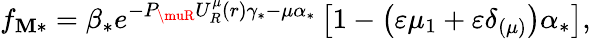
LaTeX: f_{\mathbf{M}\ast}=\beta_{\ast}e^{-P_{\muR}U_{R}^{\mu}\left(r\right)\gamma_{\ast}-\mu\alpha_{\ast}}\left[1-\left(\varepsilon\mu_{1}+\varepsilon\delta_{\left(\mu\right)}\right)\alpha_{\ast}\right],